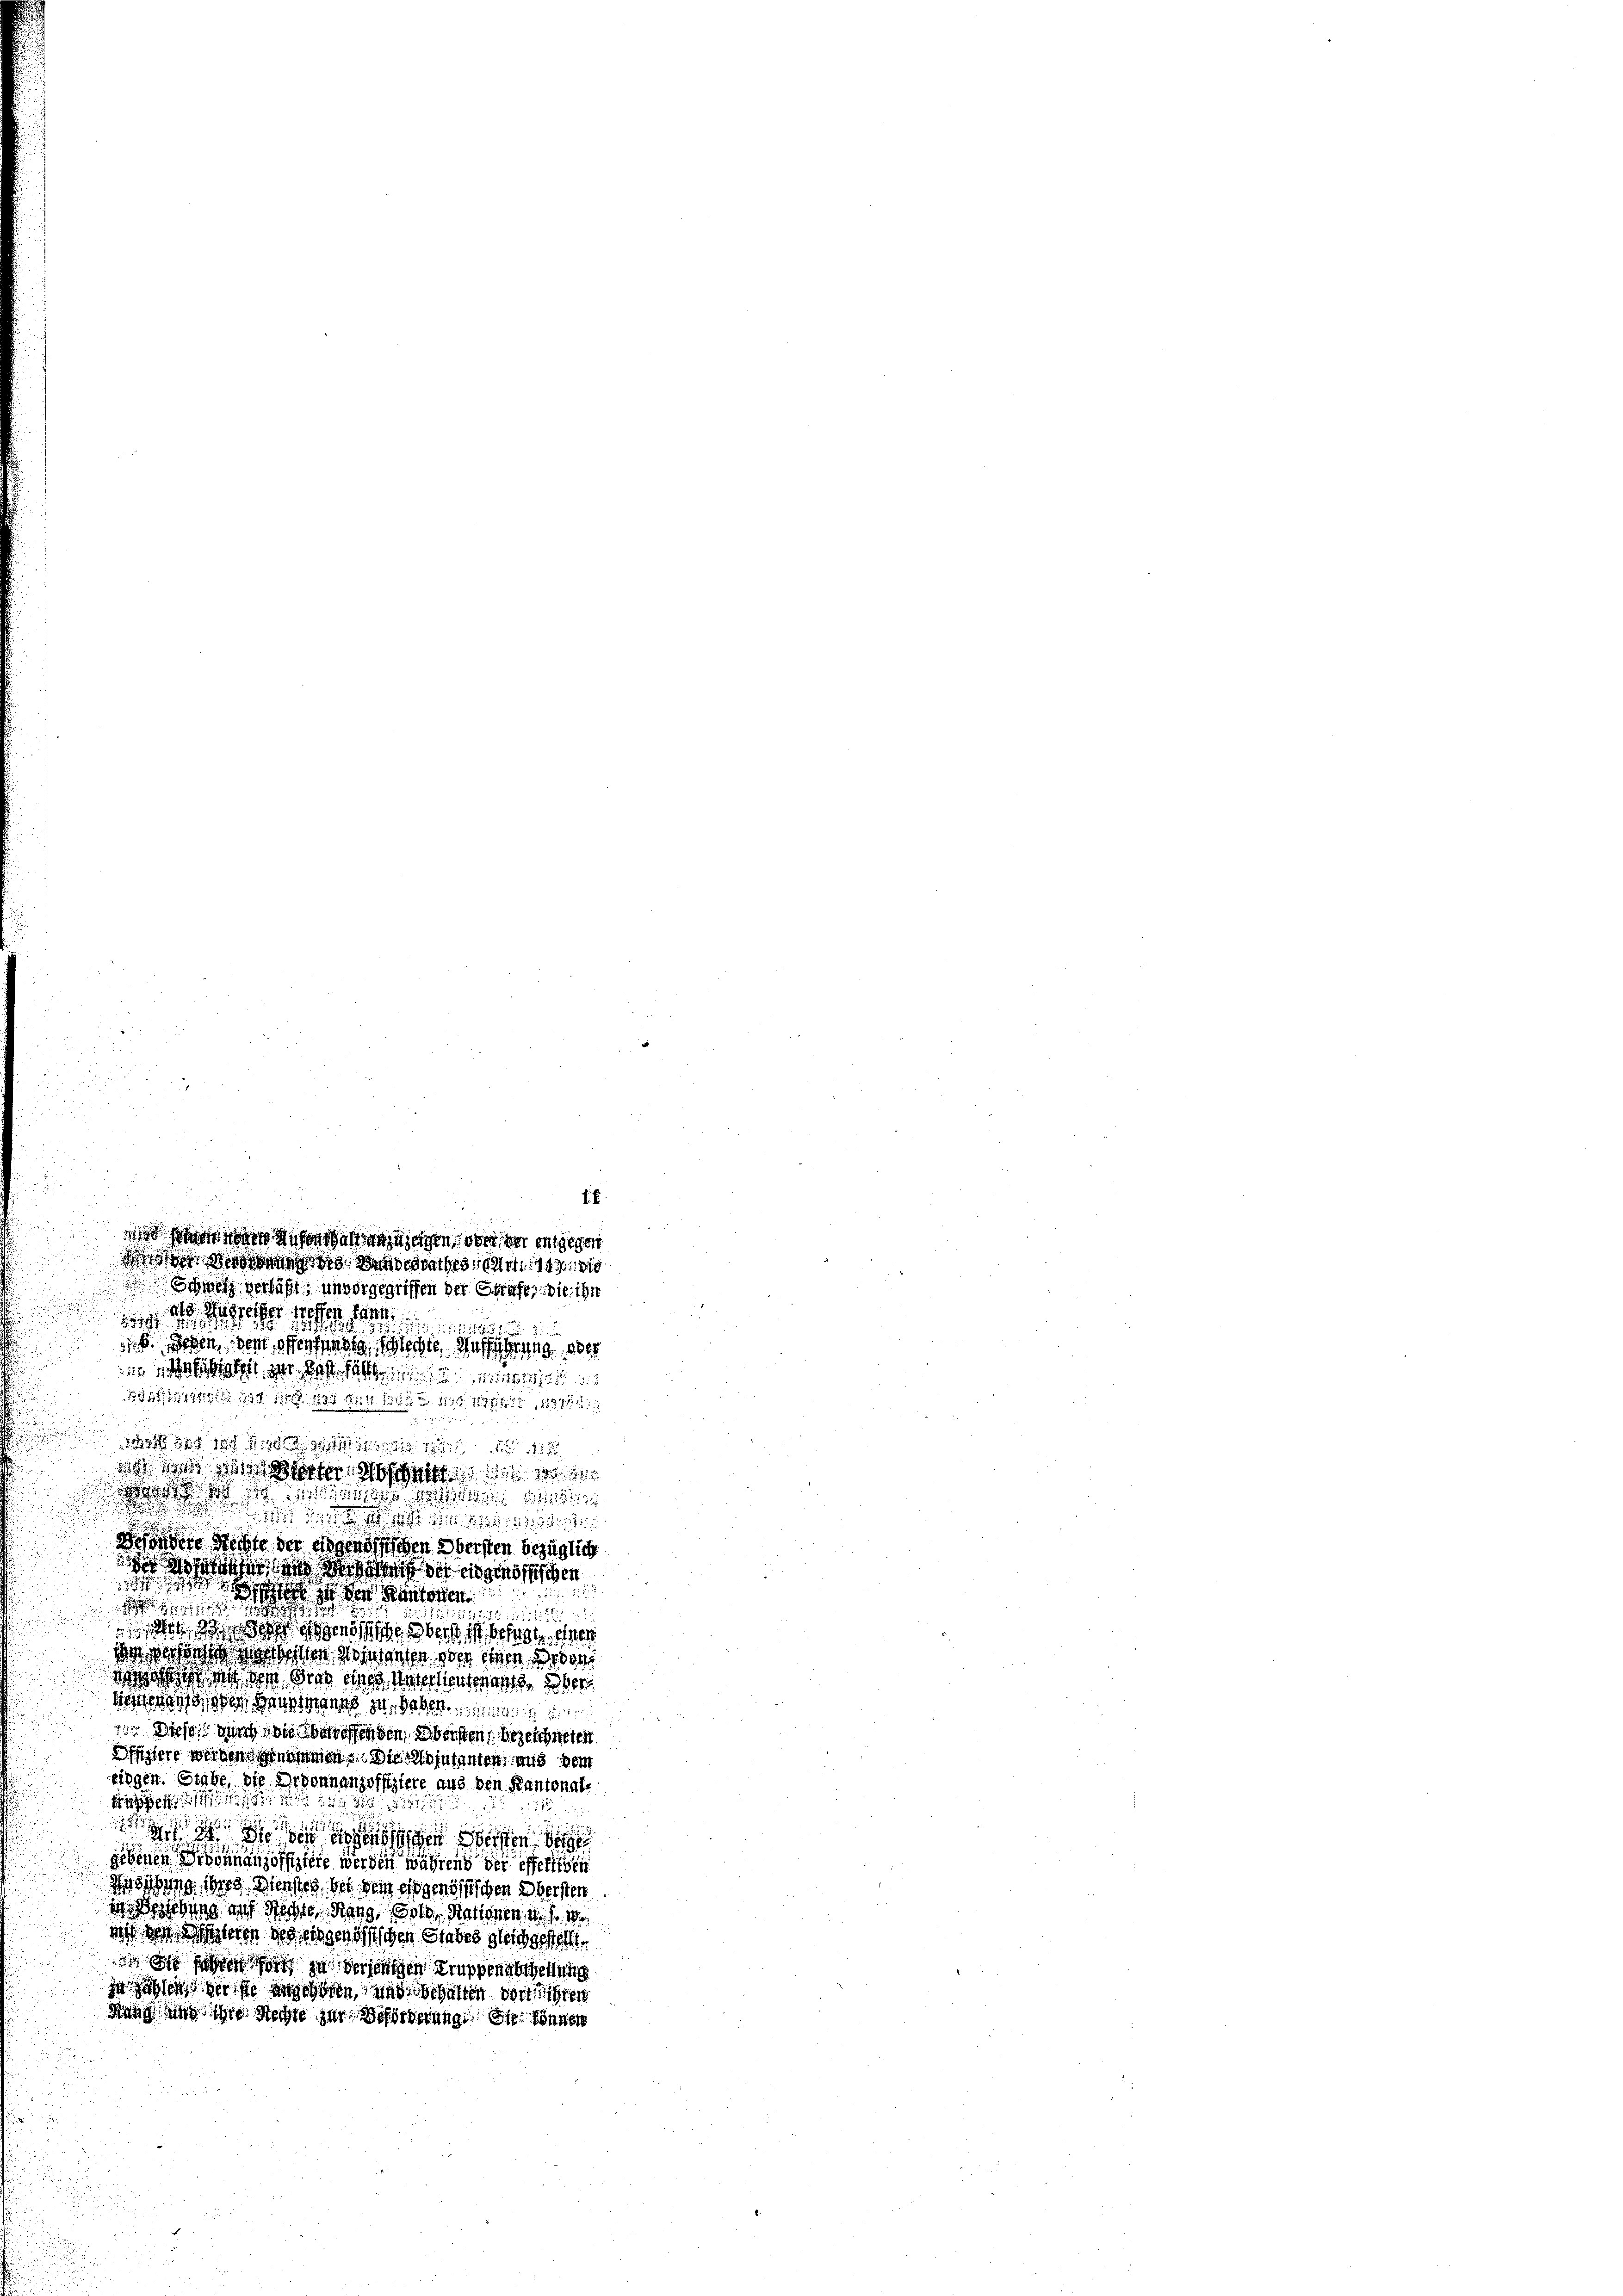
.

 ont aufenthaltungezeigen, ob der entgegen
dor sich dass das Bundesrathes Art. 14900
Owen verläßt, unvorgegriffen der Strafe, die ihn

2
geist es hatte.

6. Deren dem schen sind sichte Ausführung oder
ieschlag zur Best hätte. 111 18
41948 814,881
 u 1 11
est dieser Abschrift
hangen
denen Rechte der eidgenössischen Obersten bezüglich
t und der der eidgenössischen
1
  in den Kantonen

252
 de der gegende aber ist befreien
do sie sten diesen oder einen Urdor
da die an des dies eines Unter heutenen aber
dienen oder Hauptmanns zu haben anden d
11. Diese durch die Wareffenden Obersten bezeichneten
Offiziere werden genommen. Die teutanten, aus dem
eidgen. Stabe, die Ordonnanzoffiziere aus den Kantonale
wäger
2
1
 Die den den Hersten de
gebenen Wohnung offiziere werden während der effertigen
Wöstung ders Wersten, bei dem eigenössischen Obersten
dr Beziehung auf Rechte, Rang, Erle, Stattenen d. d. 10.
dos von Schneten des eidgenössischen Siebes gleichgestellt.
 es sie so in derjenigen Truppenabtheilung
ja sessen der sie angehören, und behalten dortigten
Rang an ihre Rechte zur Beförderung die sonner

14